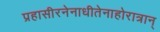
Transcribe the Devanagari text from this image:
प्रहासीरनेनाधीतेनाहोरात्रान्